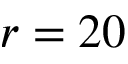
r = 2 0